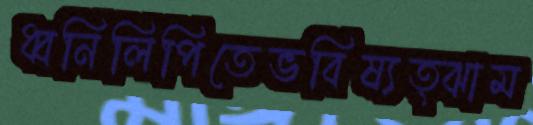
ধ্বনিলিপিতেভবিষ্যত্ঝাম